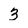
Character: 3